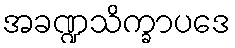
အခဏ္ဍသိက္ခာပဒေ